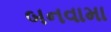
બનવામા